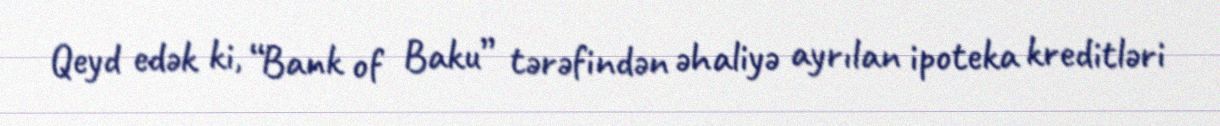
Qeyd edək ki, “Bank of Baku” tərəfindən əhaliyə ayrılan ipoteka kreditləri